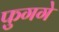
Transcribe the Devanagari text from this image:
फुगगे